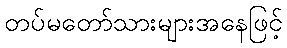
တပ်မတော်သားများအနေဖြင့်